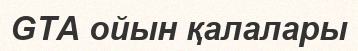
GTA ойын қалалары